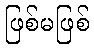
ဖြစ်မဖြစ်